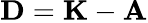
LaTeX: \mathbf{D}=\mathbf{K}-\mathbf{A}